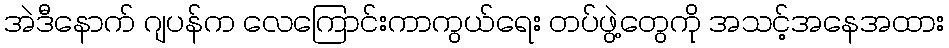
အဲဒီနောက် ဂျပန်က လေကြောင်းကာကွယ်ရေး တပ်ဖွဲ့တွေကို အသင့်အနေအထား